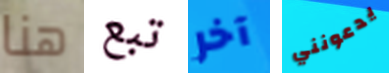
هنا تبع آخر يدعونني